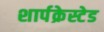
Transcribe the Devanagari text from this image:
शार्पक्रेस्टेड